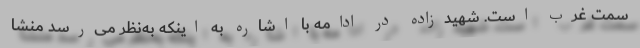
سمت غرب است. شهیدزاده در ادامه با اشاره به اینکه به‌نظر می‌رسد منشا